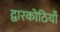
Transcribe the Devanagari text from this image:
द्वारकोठियाँ